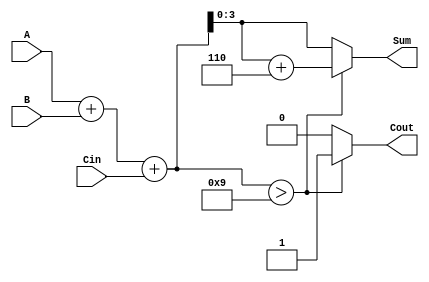
module BCD_Asynchronous_Adder (
    input  wire [3:0] A,     // First BCD digit
    input  wire [3:0] B,     // Second BCD digit
    input  wire Cin,         // Input carry
    output reg  [3:0] Sum,   // BCD Sum output
    output reg  Cout         // Output carry
);

    // Intermediate signals
    wire [4:0] preliminary_sum; // 5 bits to accommodate overflow
    wire correction_needed;

    // Preliminary addition of A, B, and Cin
    assign preliminary_sum = A + B + Cin;

    // Determine if correction is needed (if preliminary sum > 9)
    assign correction_needed = preliminary_sum > 5'b01001; // 9 in binary

    always @(*) begin
        if (correction_needed) begin
            // Apply correction by adding 6 (0110)
            Sum = preliminary_sum + 5'b00110; // Add 6
            Cout = 1; // Set carry out
        end else begin
            Sum = preliminary_sum[3:0]; // Use lower 4 bits
            Cout = 0; // No carry out
        end
    end

endmodule